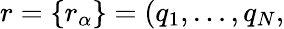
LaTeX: r=\{ r_{\alpha}\} =(q_{1},\dots,q_{N},